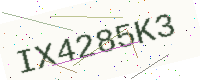
Text: IX4285K3